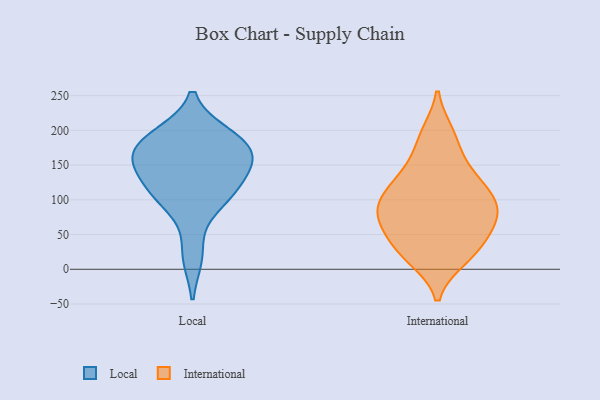
{"axis": {"x": "Latency (ms)", "y": "Value"}, "legend": ["International", "Local"], "data": [{"x": "", "y": 164, "type": "Local"}, {"x": "", "y": 20, "type": "Local"}, {"x": "", "y": 110, "type": "Local"}, {"x": "", "y": 192, "type": "Local"}, {"x": "", "y": 96, "type": "Local"}, {"x": "", "y": 179, "type": "Local"}, {"x": "", "y": 152, "type": "Local"}, {"x": "", "y": 189, "type": "Local"}, {"x": "", "y": 163, "type": "Local"}, {"x": "", "y": 111, "type": "Local"}, {"x": "", "y": 139, "type": "Local"}, {"x": "", "y": 83, "type": "International"}, {"x": "", "y": 16, "type": "International"}, {"x": "", "y": 189, "type": "International"}, {"x": "", "y": 106, "type": "International"}, {"x": "", "y": 82, "type": "International"}, {"x": "", "y": 26, "type": "International"}, {"x": "", "y": 128, "type": "International"}, {"x": "", "y": 195, "type": "International"}, {"x": "", "y": 138, "type": "International"}, {"x": "", "y": 105, "type": "International"}, {"x": "", "y": 61, "type": "International"}, {"x": "", "y": 149, "type": "International"}, {"x": "", "y": 66, "type": "International"}, {"x": "", "y": 87, "type": "International"}, {"x": "", "y": 59, "type": "International"}, {"x": "", "y": 102, "type": "International"}, {"x": "", "y": 33, "type": "International"}, {"x": "", "y": 20, "type": "International"}]}